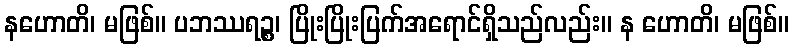
နဟောတိ၊ မဖြစ်။ ပဘဿရဉ္စ၊ ပြိုးပြိုးပြက်အရောင်ရှိသည်လည်း။ န ဟောတိ၊ မဖြစ်။